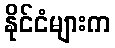
နိုင်ငံများက